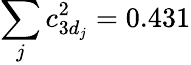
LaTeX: \sum_{j}c_{3d_{j}}^{2}=0.431